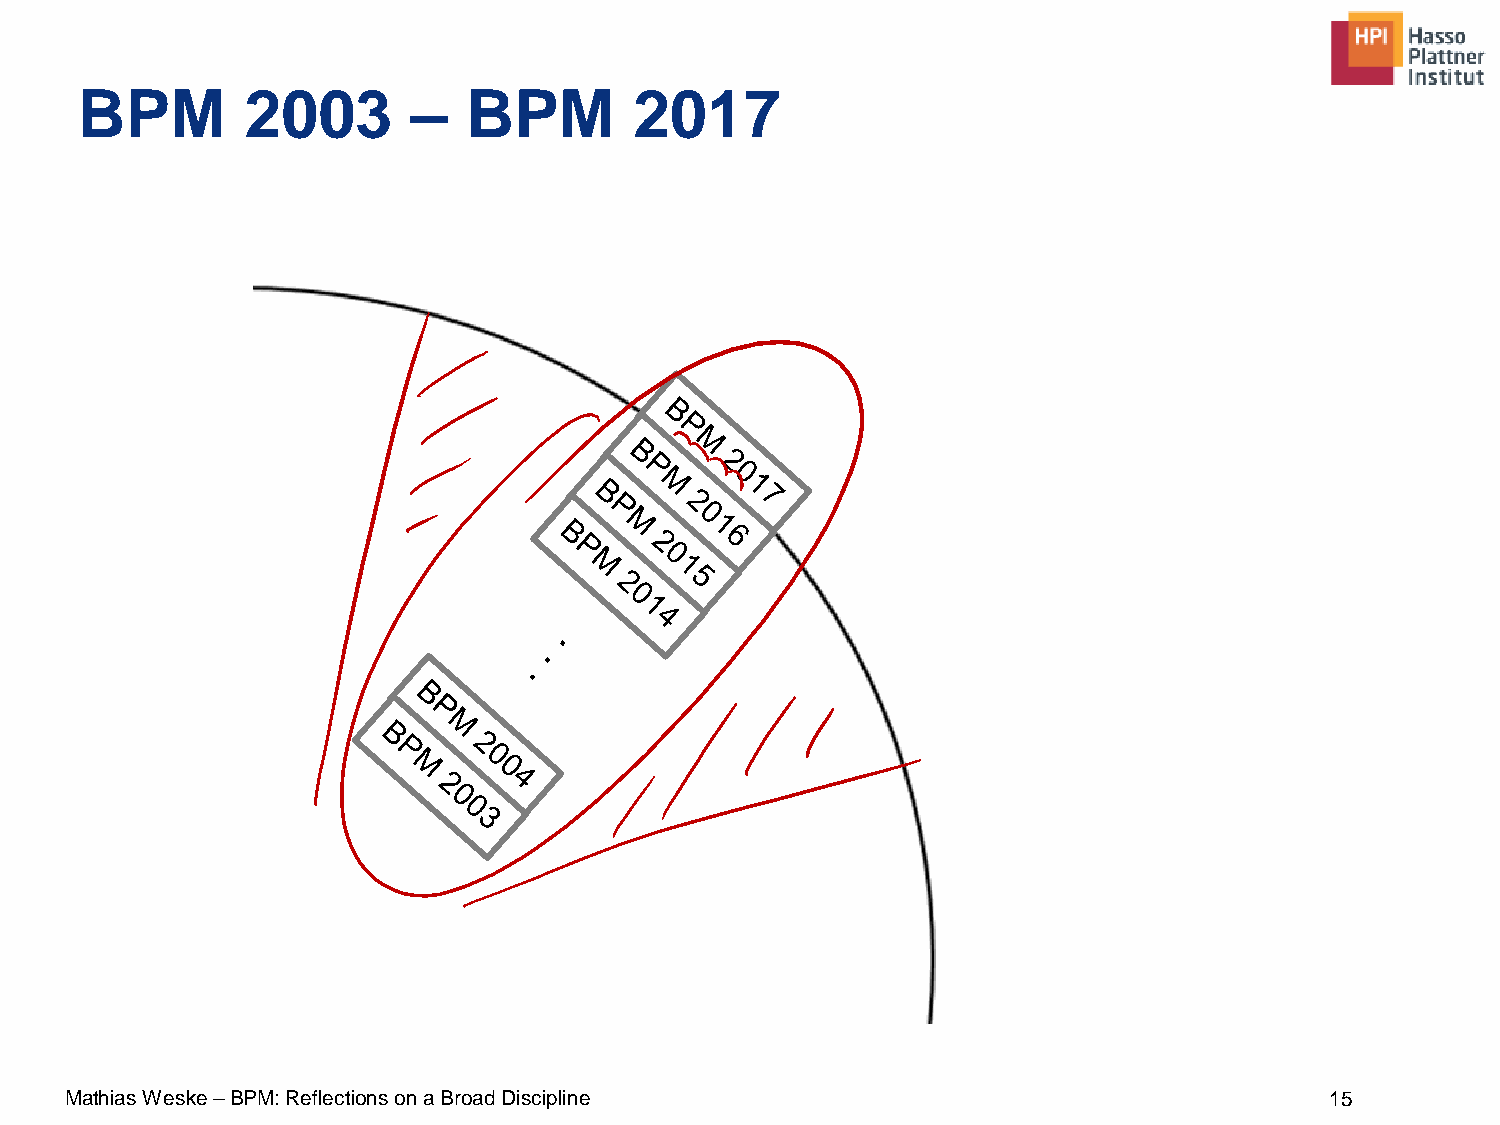
BPM        2003       –   BPM        2017
 .
 Mathias Weske –BPM: Reflections on a Broad Discipline                               15